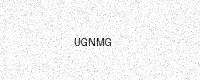
Text: UGNMG